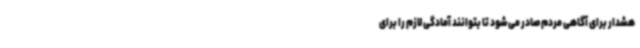
هشدار برای آگاهی مردم صادر می‌شود تا بتوانند آمادگی لازم را برای